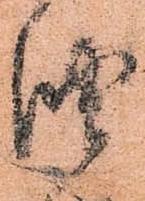
油